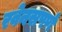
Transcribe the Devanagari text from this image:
रवेनसपर्ण